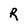
Character: R